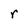
Character: r